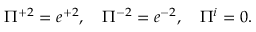
\Pi ^ { + 2 } = e ^ { + 2 } , \quad \Pi ^ { - 2 } = e ^ { - 2 } , \quad \Pi ^ { i } = 0 .